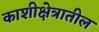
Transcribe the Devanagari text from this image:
काशीक्षेत्रातील